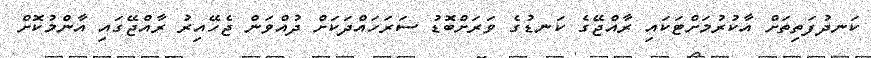
ކަނދުފަތިތަށް އާކުރުމަށްޓަކައި ރާއްޖޭގެ ކަނޑުގެ ވަރަށްބޮޑު ސަރަހައްދަކަށް ދުއްވަން ޖެހޭއިރު ރާއްޖޭގައި އާންމުކޮށް